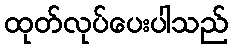
ထုတ်လုပ်ပေးပါသည်